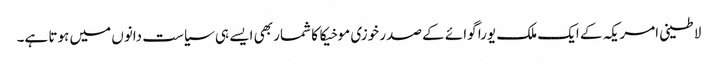
لاطینی امریکہ کے ایک ملک یورا گوائے کے صدر خوزی موخیکا کا شمار بھی ایسے ہی سیاست دانوں میں ہوتا ہے۔